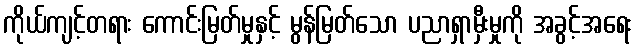
ကိုယ်ကျင့်တရား ကောင်းမြတ်မှုနှင့် မွန်မြတ်သော ပညာရှာမှီးမှုကို အခွင့်အရေး